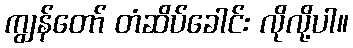
ကျွန်တော် တံဆိပ်ခေါင်း လိုလို့ပါ။